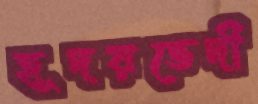
হূদয়ভেদী